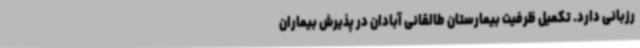
رزبانی دارد. تکمیل ظرفیت بیمارستان طالقانی آبادان در پذیرش بیماران